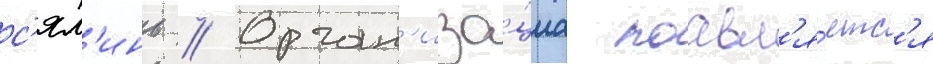
с'ял'инь // Орган'иза́циа поавл'я́етс'я